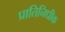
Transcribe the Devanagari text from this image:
प्रातिनिधीक